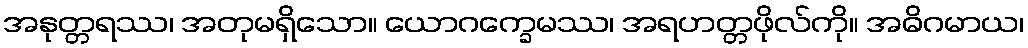
အနုတ္တရဿ၊ အတုမရှိသော။ ယောဂက္ခေမဿ၊ အရဟတ္တဖိုလ်ကို။ အဓိဂမာယ၊